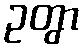
ဥတွာ